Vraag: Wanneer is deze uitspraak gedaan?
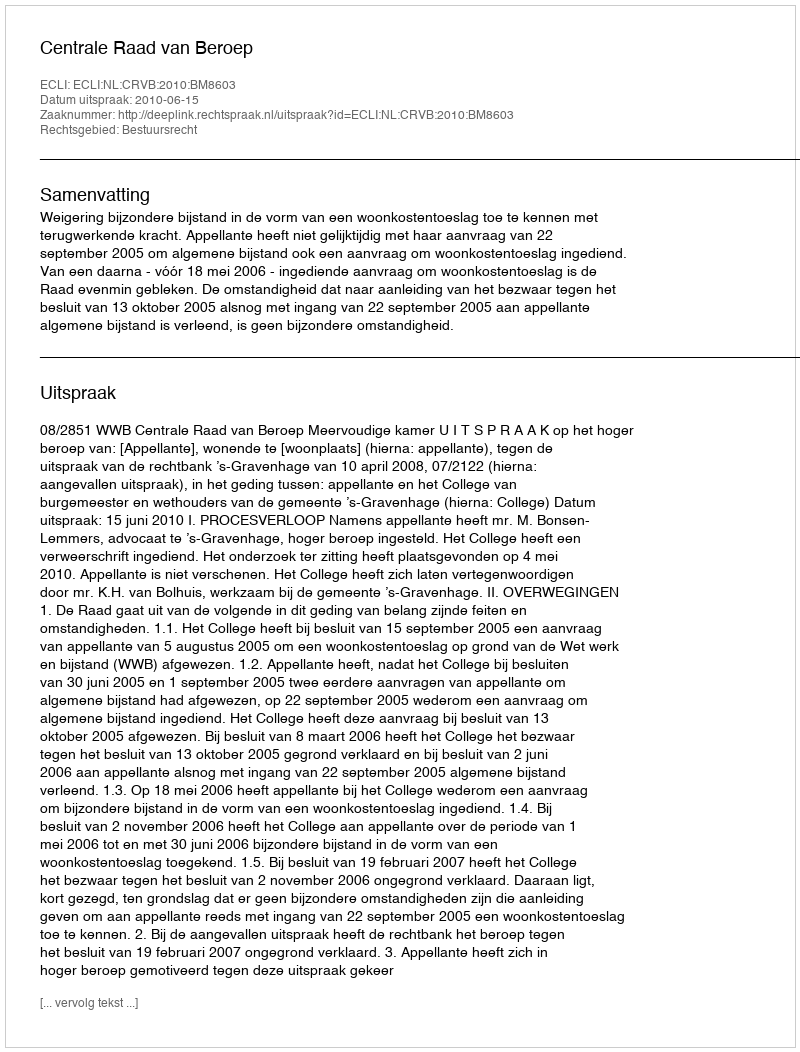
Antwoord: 2010-06-15